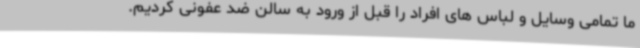
ما تمامی وسایل و لباس های افراد را قبل از ورود به سالن ضد عفونی کردیم.